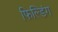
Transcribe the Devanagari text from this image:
फिल्डिंग